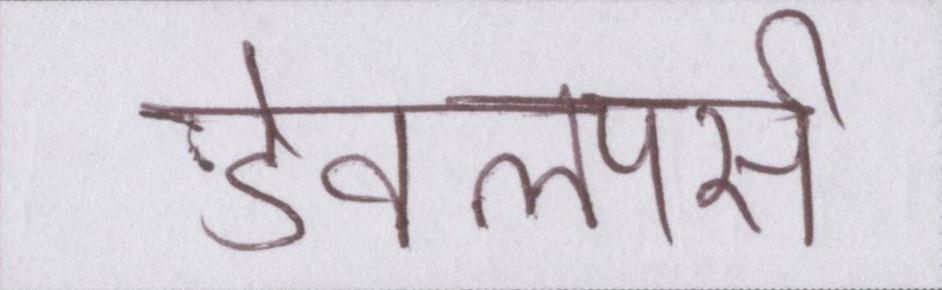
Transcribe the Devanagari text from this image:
डेवलपर्स